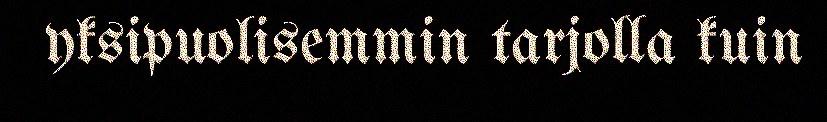
yksipuolisemmin tarjolla kuin